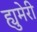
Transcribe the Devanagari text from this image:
ह्युमेरी